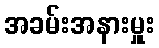
အခမ်းအနားမှူး